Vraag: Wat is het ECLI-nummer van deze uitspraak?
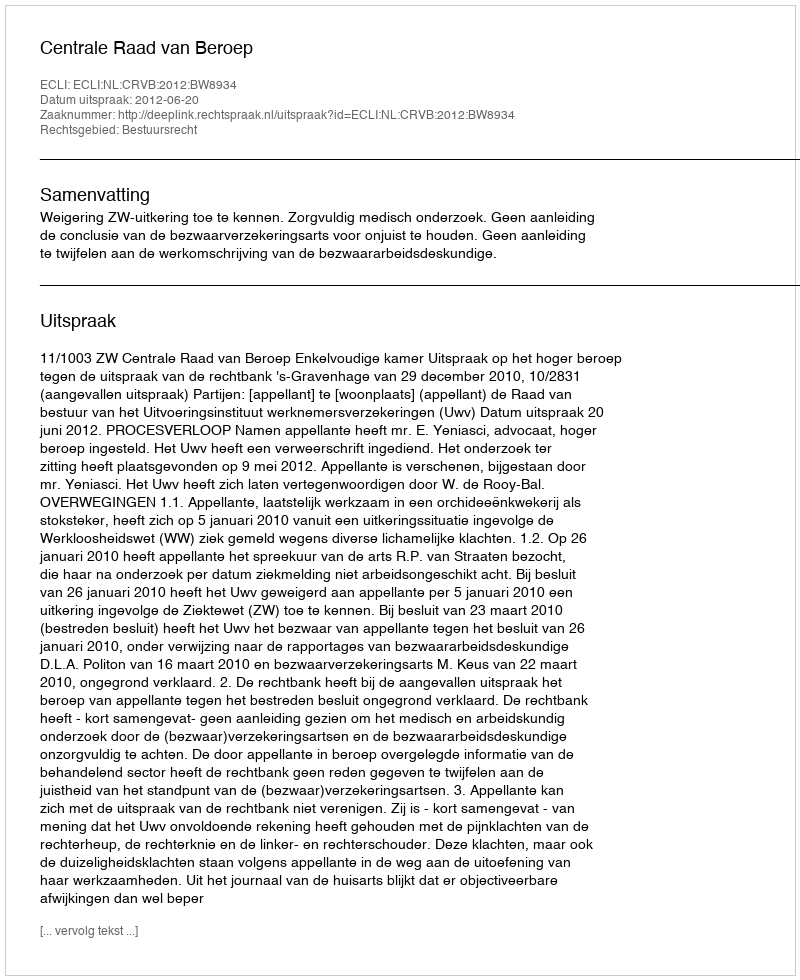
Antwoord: ECLI:NL:CRVB:2012:BW8934